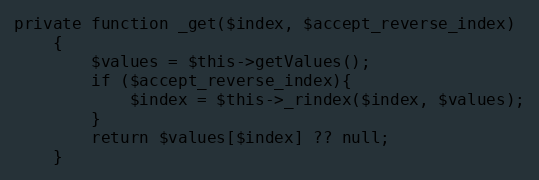
Language: PHP
private function _get($index, $accept_reverse_index)
    {
        $values = $this->getValues();
        if ($accept_reverse_index){
            $index = $this->_rindex($index, $values);
        }
        return $values[$index] ?? null;
    }